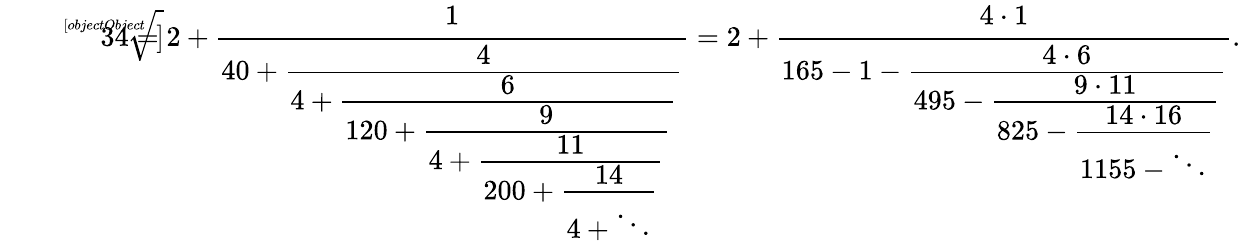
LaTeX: {\sqrt[[objectObject]]{34}}=2+{\cfrac{1}{40+{\cfrac{4}{4+{\cfrac{6}{120+{\cfrac{9}{4+{\cfrac{11}{200+{\cfrac{14}{4+\ddots}}}}}}}}}}}}=2+{\cfrac{4\cdot 1}{165-1-{\cfrac{4\cdot 6}{495-{\cfrac{9\cdot 11}{825-{\cfrac{14\cdot 16}{1155-\ddots}}}}}}}}.